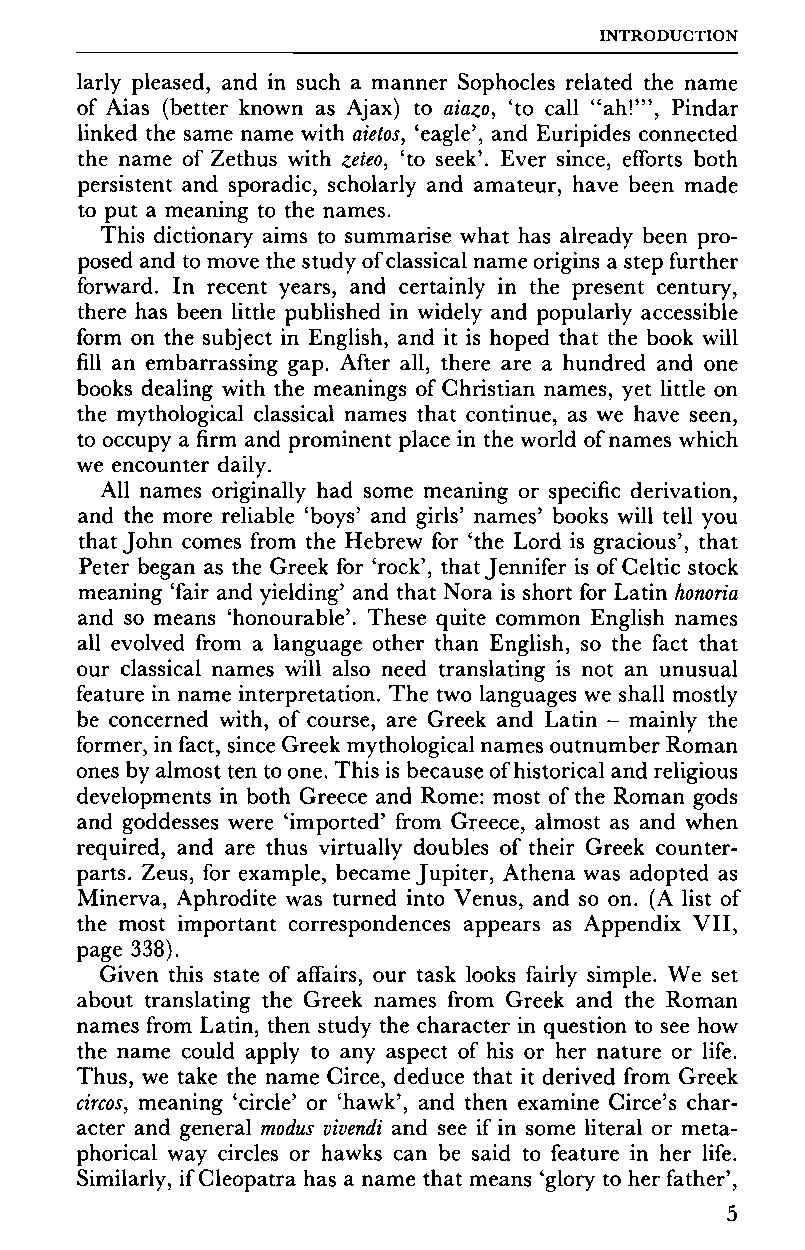
INTRODUCTION
 larly pleased, and in such a manner Sophocles related the name
 of Aias (better known as Ajax) to aiazo, 'to call "ah!"', Pindar
 linked the same name with aietos, 'eagle', and Euripides connected
 the name of Zethus with zeteo, 'to seek'. Ever since, efforts both
 persistent and sporadic, scholarly and amateur, have been made
 to put a meaning to the names.
 This dictionary aims to summarise what has already been pro
 posed and to move the study of classical name origins a step further
 forward. In recent years, and certainly in the present century,
 there has been little published in widely and popularly accessible
 form on the subject in English, and it is hoped that the book will
 fill an embarrassing gap. After all, there are a hundred and one
 books dealing with the meanings of Christian names, yet little on
 the mythological classical names that continue, as we have seen,
 to occupy a firm and prominent place in the world of names which
 we encounter daily.
 All names originally had some meaning or specific derivation,
 and the more reliable 'boys' and girls' names' books will tell you
 that John comes from the Hebrew for 'the Lord is gracious', that
 Peter began as the Greek for 'rock', that Jennifer is of Celtic stock
 meaning 'fair and yielding' and that Nora is short for Latin honoria
 and so means 'honourable'. These quite common English names
 all evolved from a language other than English, so the fact that
 our classical names will also need translating is not an unusual
 feature in name interpretation. The two languages we shall mostly
 be concerned with, of course, are Greek and Latin - mainly the
 former, in fact, since Greek mythological names outnumber Roman
 ones by almost ten to one. This is because of historical and religious
 developments in both Greece and Rome: most of the Roman gods
 and goddesses were 'imported' from Greece, almost as and when
 required, and are thus virtually doubles of their Greek counter
 parts. Zeus, for example, became Jupiter, Athena was adopted as
 Minerva, Aphrodite was turned into Venus, and so on. (A list of
 the most important correspondences appears as Appendix VII,
 page 338).
 Given this state of affairs, our task looks fairly simple. We set
 about translating the Greek names from Greek and the Roman
 names from Latin, then study the character in question to see how
 the name could apply to any aspect of his or her nature or life.
 Thus, we take the name Circe, deduce that it derived from Greek
 circos, meaning 'circle' or 'hawk', and then examine Circe's char
 acter and general modus vivendi and see if in some literal or meta
 phorical way circles or hawks can be said to feature in her life.
 Similarly, if Cleopatra has a name that means 'glory to her father',
 5